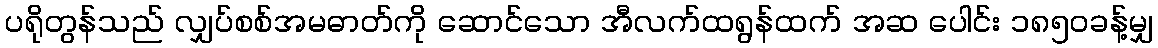
ပရိုတွန်သည် လျှပ်စစ်အမဓာတ်ကို ဆောင်သော အီလက်ထရွန်ထက် အဆ ပေါင်း ၁၈၅၀ခန့်မျှ